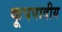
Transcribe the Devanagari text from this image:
कूपपादीय